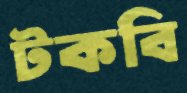
টকবি